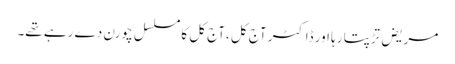
مریض تڑپتا رہا اور ڈاکٹر آج کل ،آج کل کا مسلسل چورن دے رہے تھے۔